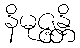
နိမုဇ္ဇန္တိ